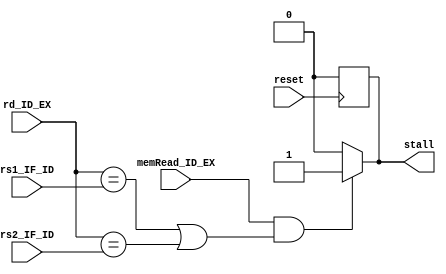
`timescale 1ns / 1ps
//////////////////////////////////////////////////////////////////////////////////
// Company: 
// Engineer: 
// 
// Design Name: 
// Module Name: Stalling_unit
// Project Name: 
// Target Devices: 
// Tool Versions: 
// Description: 
// 
// Dependencies: 
// 
// Revision:
// Revision 0.01 - File Created
// Additional Comments:
// 
//////////////////////////////////////////////////////////////////////////////////

module Hazard_detection(stall,memRead_ID_EX,rd_ID_EX,rs1_IF_ID,rs2_IF_ID,reset);
output reg stall;
input [4:0]rd_ID_EX,rs1_IF_ID,rs2_IF_ID;
input memRead_ID_EX,reset;

always@(negedge reset)
begin
if(reset==0) stall=0;
end

always@(*)
begin
if(memRead_ID_EX==1 && ((rd_ID_EX==rs1_IF_ID)||(rd_ID_EX==rs2_IF_ID))) stall = 1;
else stall = 0;
end

endmodule